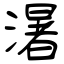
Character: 濐